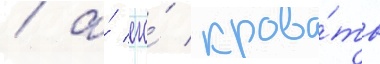
/ а́ его́ крова́ть